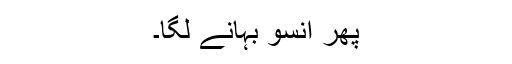
پھر انسو بہانے لگا۔